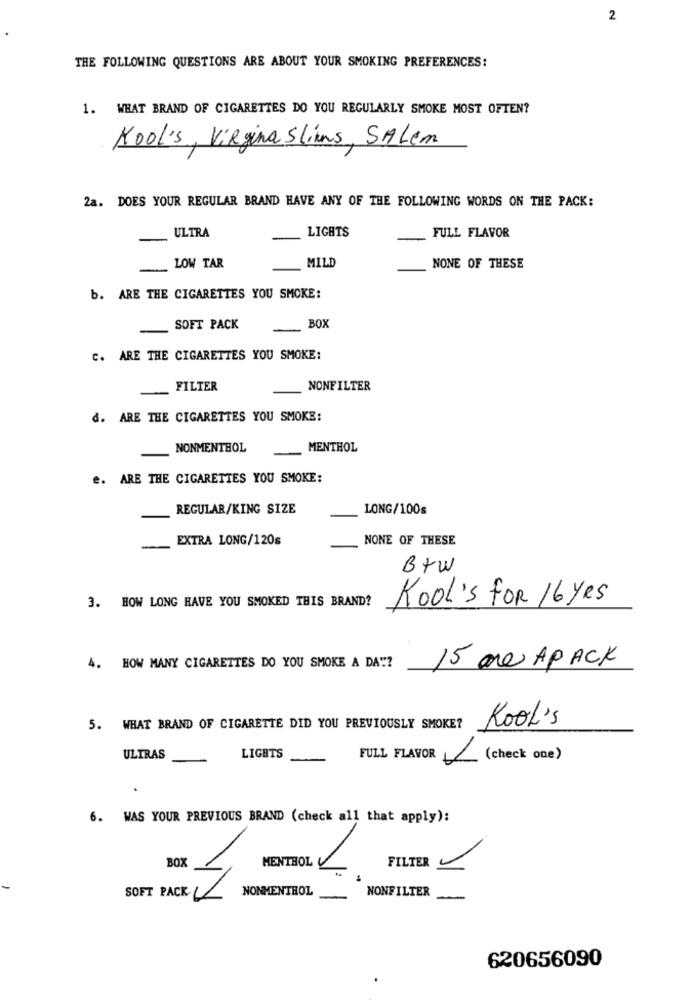
2
THE FOLLOWING QUESTIONS ARE ABOUT YOUR SMOKING PREFERENCES:
1. WHAT BRAND OF CIGARETTES DO YOU REGULARLY SMOKE MOST OFTEN?
Kool's , Virgina Slims , SALEn
2a. DOES YOUR REGULAR BRAND HAVE ANY OF THE FOLLOWING WORDS ON THE PACK:
FULL FLAVOR
-
ULTRA
-
LIGHTS
LOW TAR
MILD
NONE OF THESE
b. ARE THE CIGARETTES YOU SMOKE:
SOFT PACK
-
BOX
C. ARE THE CIGARETTES YOU SMOKE:
-
FILTER
NONFILTER
d. ARE THE CIGARETTES YOU SMOKE:
NONMENTHOL
MENTHOL
e. ARE THE CIGARETTES YOU SMOKE:
REGULAR/KING SIZE
LONG/100s
EXTRA LONG/120s
NONE OF THESE
B+W
3. HOW LONG HAVE YOU SMOKED THIS BRAND?
KOOL's for 16Yes
4. HOW MANY CIGARETTES DO YOU SMOKE A DA"?
15 are APACK
Kool's
5. WHAT BRAND OF CIGARETTE DID YOU PREVIOUSLY SMOKE?
ULTRAS
LIGHTS
FULL FLAVOR (check one)
6. WAS YOUR PREVIOUS BRAND (check all that apply):
BOX
MENTHOL
FILTER
1
NONMENTHOL
NONFILTER
SOFT PACK- L
620656090